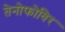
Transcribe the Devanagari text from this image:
तेनोफोविर